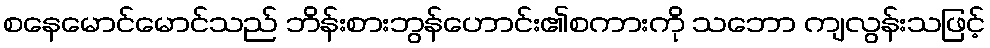
စနေမောင်မောင်သည် ဘိန်းစားဘွန်ဟောင်း၏စကားကို သဘော ကျလွန်းသဖြင့်